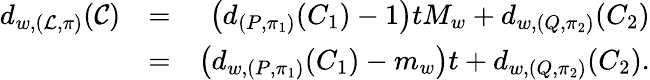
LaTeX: \begin{array}{rlr}{d_{w,(\mathcal{L},\pi)}(\mathcal{C})}&{=}&{\left(d_{(P,\pi_{1})}(C_{1})-1\right)tM_{w}+d_{w,(Q,\pi_{2})}(C_{2})}\\ &{=}&{\left(d_{w,(P,\pi_{1})}(C_{1})-m_{w}\right)t+d_{w,(Q,\pi_{2})}(C_{2}).}\end{array}